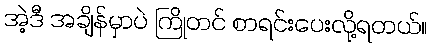
အဲ့ဒီ အချိန်မှာပဲ ကြိုတင် စာရင်းပေးလို့ရတယ်။